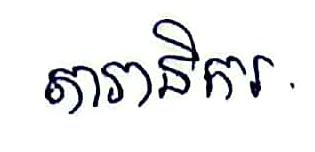
តារានិករ